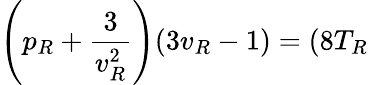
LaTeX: \left(p_{R}+{\frac{3}{v_{R}^{2}}}\right)(3v_{R}-1)=(8T_{R}